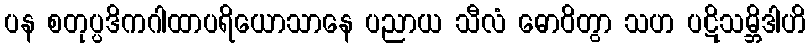
ပန စတုပ္ပဒိကဂါထာပရိယောသာနေ ပညာယ သီလံ ဓောဝိတွာ သဟ ပဋိသမ္ဘိဒါဟိ